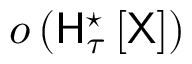
o \left( \mathsf { H } _ { \tau } ^ { \star } \left[ \mathsf { X } \right] \right)